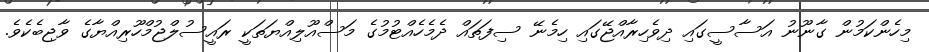
މިހެންކަމުން ގާނޫނު އަސާސީގައި ދިވެހިރާއްޖޭގައި ހިމެނޭ ސިފަތައް ދެމެހެއްޓުމުގެ މަސްއޫލިއްޔަތަކީ ރައީސުލްޖުމްހޫރިއްޔާގެ ވާޖިބެކެވެ.